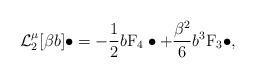
LaTeX: \begin{align*} \mathcal{L}_2^{\mu}[\beta b]\bullet =-\frac{1}{2}b \mathrm{F}_4\bullet+\frac{\beta^2}{6}b^3\mathrm{F}_3\bullet, \end{align*}